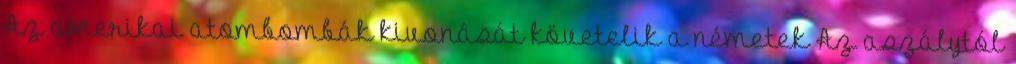
Az amerikai atombombák kivonását követelik a németek Az aszálytól